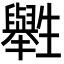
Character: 𤰁